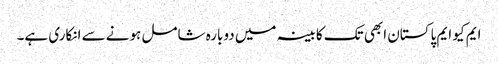
ایم کیو ایم پاکستان ابھی تک کابینہ میں دوبارہ شامل ہونے سے انکاری ہے۔